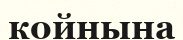
койнына